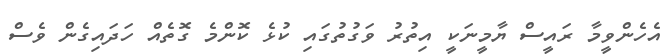
އެހެންވީމާ ރައީސް ޔާމީނަކީ އިތުރު ވަގުތުގައި ކުޅެ ކޮންމެ ގޮތެއް ހަދައިގެން ވެސް